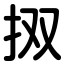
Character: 㧐